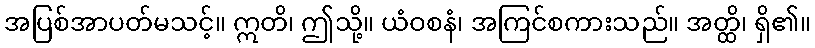
အပြစ်အာပတ်မသင့်။ ဣတိ၊ ဤသို့။ ယံဝစနံ၊ အကြင်စကားသည်။ အတ္ထိ၊ ရှိ၏။